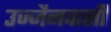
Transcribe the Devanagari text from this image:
उज्जैनवासी